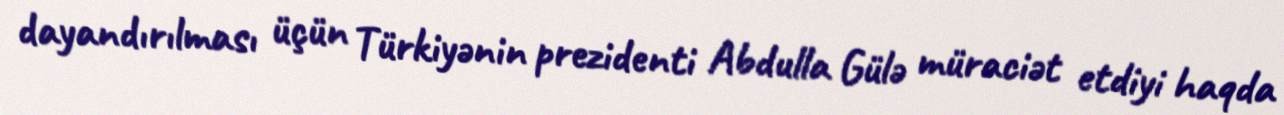
dayandırılması üçün Türkiyənin prezidenti Abdulla Gülə müraciət etdiyi haqda